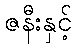
ဇနီးနှင့်